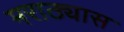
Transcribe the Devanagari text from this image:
मराठ्यास